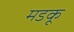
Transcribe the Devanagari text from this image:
मडकू